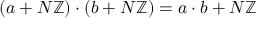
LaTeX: ( a + N \mathbb { Z } ) \cdot ( b + N \mathbb { Z } ) = a \cdot b + N \mathbb { Z }